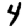
Digit: 4